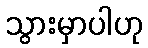
သွားမှာပါဟု